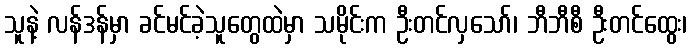
သူနဲ့ လန်ဒန်မှာ ခင်မင်ခဲ့သူတွေထဲမှာ သမိုင်းက ဦးတင်လှသော်၊ ဘီဘီစီ ဦးတင်ထွေး၊